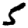
Digit: 5